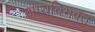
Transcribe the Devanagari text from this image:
अप्यविभक्तं